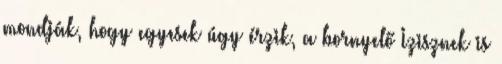
mondják, hogy egyesek úgy érzik, a bornyelő Izisznek is